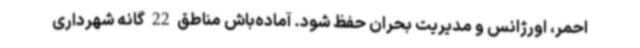
احمر، اورژانس و مدیریت بحران حفظ شود. آماده‌باش مناطق 22 گانه شهرداری